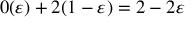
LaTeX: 0 ( \varepsilon ) + 2 ( 1 - \varepsilon ) = 2 - 2 \varepsilon